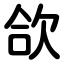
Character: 欱